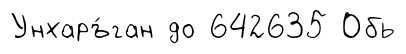
Унхаръ́ган до 642635 Обь